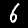
Digit: 6